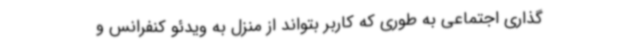
گذاری اجتماعی به طوری که کاربر بتواند از منزل به ویدئو کنفرانس و